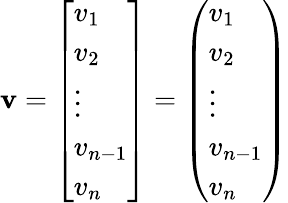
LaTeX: \mathbf{v}=\left[{\begin{array}{l}{v_{1}}\\ {v_{2}}\\ {\vdots}\\ {v_{n-1}}\\ {v_{n}}\end{array}}\right]=\left({\begin{array}{l}{v_{1}}\\ {v_{2}}\\ {\vdots}\\ {v_{n-1}}\\ {v_{n}}\end{array}}\right)